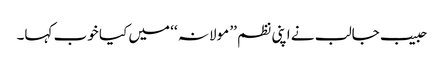
حبیب جالب نے اپنی نظم ’’ مولانہ ‘‘ میں کیا خوب کہا۔